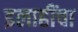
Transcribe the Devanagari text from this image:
इलाहींचा